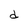
Character: d